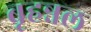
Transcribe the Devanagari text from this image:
बृहन्नल